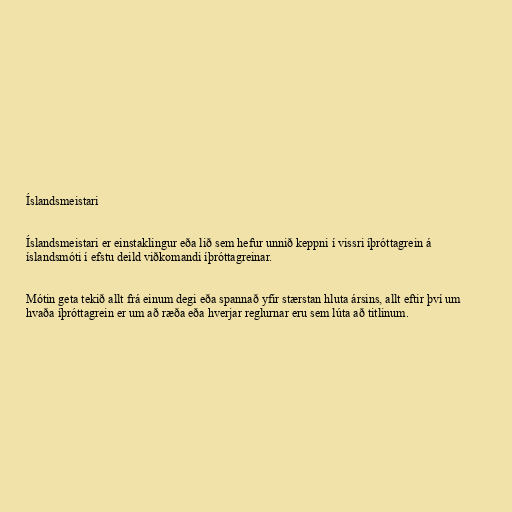
Íslandsmeistari

Íslandsmeistari er einstaklingur eða lið sem hefur unnið keppni í vissri íþróttagrein á
íslandsmóti í efstu deild viðkomandi íþróttagreinar.

Mótin geta tekið allt frá einum degi eða spannað yfir stærstan hluta ársins, allt eftir því um
hvaða íþróttagrein er um að ræða eða hverjar reglurnar eru sem lúta að titlinum.